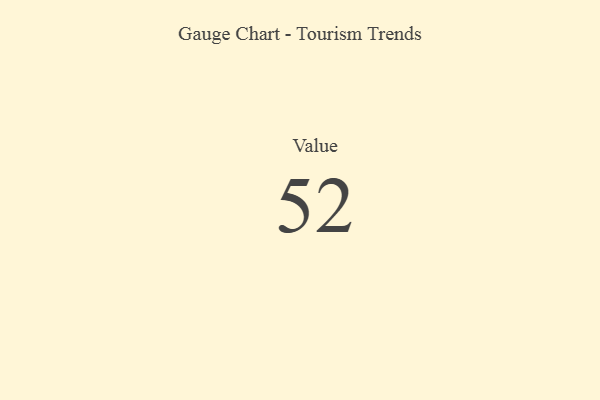
{"axis": {"x": "Metric", "y": "Value"}, "legend": [""], "data": [{"x": "Value", "y": 52, "type": ""}]}